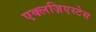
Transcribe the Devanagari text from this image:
एक्लज़िएस्टेस